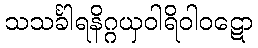
သသင်္ခါရနိဂ္ဂယှဝါရိဝါဝဋော